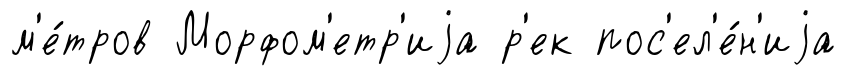
м'е́тров Морфом'етр'иjа р'ек пос'ел'е́н'иjа